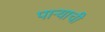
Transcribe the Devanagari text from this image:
पार्‍याची